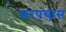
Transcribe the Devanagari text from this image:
सरपंचास